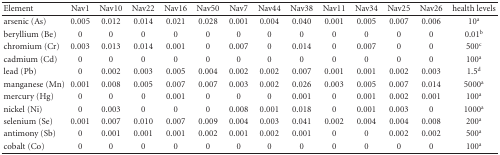
<table><thead><tr><td><b>Element</b></td><td><b>Nav1</b></td><td><b>Nav10</b></td><td><b>Nav22</b></td><td><b>Nav16</b></td><td><b>Nav50</b></td><td><b>Nav7</b></td><td><b>Nav44</b></td><td><b>Nav38</b></td><td><b>Nav11</b></td><td><b>Nav34</b></td><td><b>Nav25</b></td><td><b>Nav26</b></td><td><b>health levels</b></td></tr></thead><tbody><tr><td>arsenic (As)</td><td>0.005</td><td>0.012</td><td>0.014</td><td>0.021</td><td>0.028</td><td>0.001</td><td>0.004</td><td>0.040</td><td>0.001</td><td>0.005</td><td>0.007</td><td>0.006</td><td>10<sup>a</sup></td></tr><tr><td>beryllium (Be)</td><td>0</td><td>0</td><td>0</td><td>0</td><td>0</td><td>0</td><td>0</td><td>0</td><td>0</td><td>0</td><td>0</td><td>0</td><td>0.01<sup>b</sup></td></tr><tr><td>chromium (Cr)</td><td>0.003</td><td>0.013</td><td>0.014</td><td>0.001</td><td>0</td><td>0.007</td><td>0</td><td>0.014</td><td>0</td><td>0.007</td><td>0</td><td>0</td><td>500<sup>c</sup></td></tr><tr><td>cadmium (Cd)</td><td>0</td><td>0</td><td>0</td><td>0</td><td>0</td><td>0</td><td>0</td><td>0</td><td>0</td><td>0</td><td>0</td><td>0</td><td>100<sup>a</sup></td></tr><tr><td>lead (Pb)</td><td>0</td><td>0.002</td><td>0.003</td><td>0.005</td><td>0.004</td><td>0.002</td><td>0.002</td><td>0.007</td><td>0.001</td><td>0.001</td><td>0.002</td><td>0.003</td><td>1.5<sup>d</sup></td></tr><tr><td>manganese (Mn)</td><td>0.001</td><td>0.008</td><td>0.005</td><td>0.007</td><td>0.007</td><td>0.003</td><td>0.002</td><td>0.026</td><td>0.003</td><td>0.005</td><td>0.007</td><td>0.014</td><td>5000<sup>a</sup></td></tr><tr><td>mercury (Hg)</td><td>0</td><td>0</td><td>0</td><td>0.001</td><td>0</td><td>0</td><td>0</td><td>0.001</td><td>0</td><td>0.001</td><td>0.002</td><td>0.001</td><td>100<sup>a</sup></td></tr><tr><td>nickel (Ni)</td><td>0</td><td>0.003</td><td>0</td><td>0</td><td>0</td><td>0.008</td><td>0.001</td><td>0.018</td><td>0</td><td>0.001</td><td>0.003</td><td>0</td><td>1000<sup>a</sup></td></tr><tr><td>selenium (Se)</td><td>0.001</td><td>0.007</td><td>0.010</td><td>0.007</td><td>0.009</td><td>0.004</td><td>0.003</td><td>0.041</td><td>0.002</td><td>0.004</td><td>0.004</td><td>0.008</td><td>200<sup>a</sup></td></tr><tr><td>antimony (Sb)</td><td>0</td><td>0.001</td><td>0.001</td><td>0.001</td><td>0.002</td><td>0.001</td><td>0.002</td><td>0.001</td><td>0</td><td>0</td><td>0.002</td><td>0.002</td><td>500<sup>a</sup></td></tr><tr><td>cobalt (Co)</td><td>0</td><td> 0</td><td>0</td><td>0</td><td>0</td><td>0</td><td>0</td><td>0</td><td>0</td><td>0</td><td>0</td><td>0</td><td>100<sup>a</sup></td></tr></tbody></table>